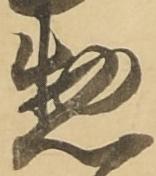
惣